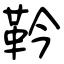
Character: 靲